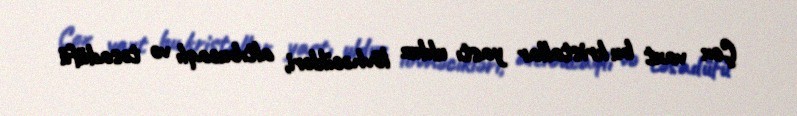
Çox vaxt bu kristallar yastı ulduz lövhəcikləri, altıbucaqlı və təsadüfü